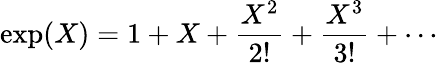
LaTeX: \exp(X)=1+X+{\frac{X^{2}}{2!}}+{\frac{X^{3}}{3!}}+\cdots